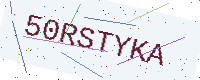
Text: 50RSTYKA